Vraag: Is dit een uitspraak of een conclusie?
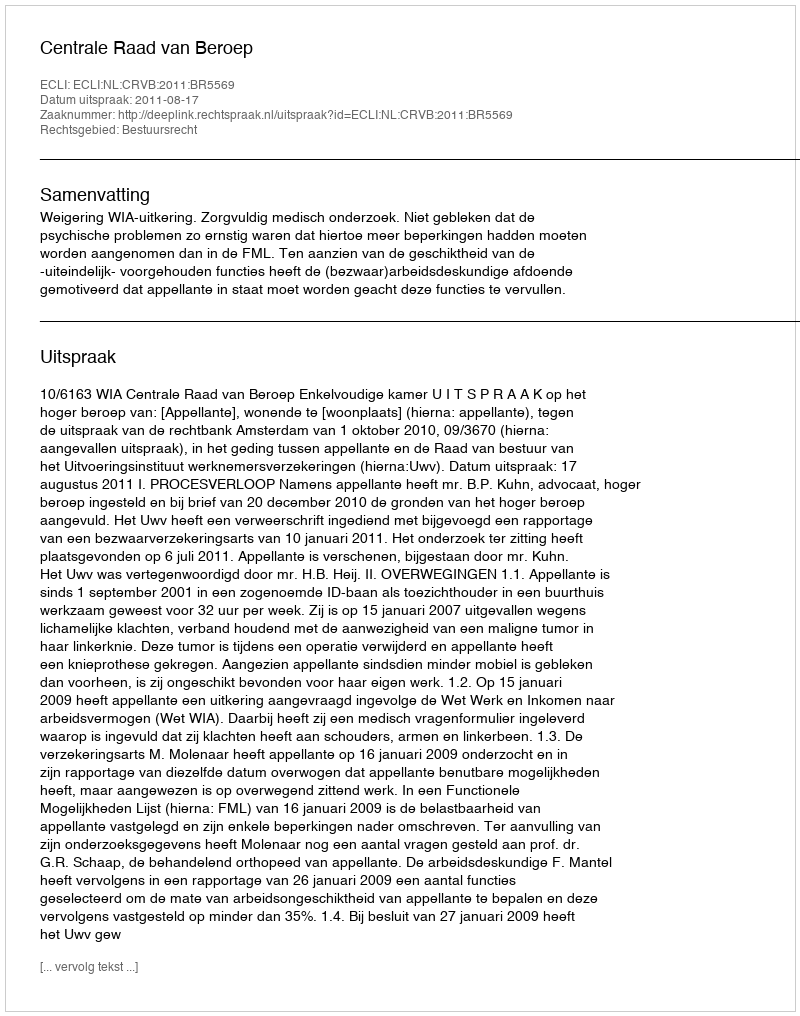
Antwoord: Uitspraak